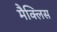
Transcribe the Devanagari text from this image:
मैक्लिस